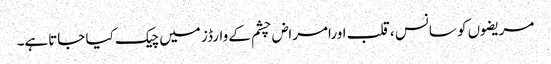
مریضوں کو سانس ،قلب اورامراض چشم کے وارڈز میں چیک کیا جاتاہے۔